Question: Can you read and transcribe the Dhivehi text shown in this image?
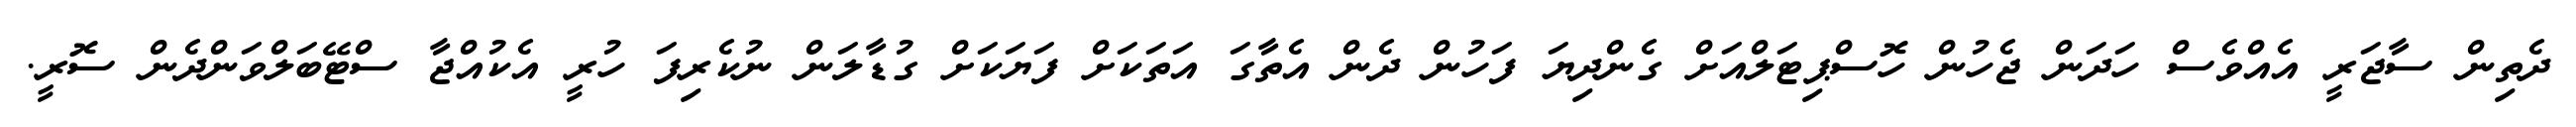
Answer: ދެތިން ސާޖަރީ އެއްވެސް ހަދަން ޖެހުން ހޮސްޕިޓަލްއަށް ގެންދިޔަ ފަހުން ދެން އެތާގަ އަތަކަށް ފަޔަކަށް ގުޑާލަން ނުކެރިފަ ހުރީ އެކުއްޖާ ސްޓޭބަލްވަންދެން ސޮރީ.